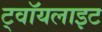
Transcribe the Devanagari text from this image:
ट्वॉयलाइट